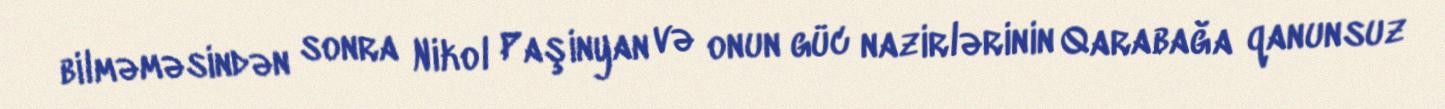
bilməməsindən sonra Nikol Paşinyan və onun güc nazirlərinin Qarabağa qanunsuz